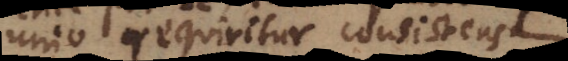
unio requiritur consistens